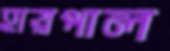
হারপাল